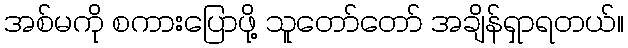
အစ်မကို စကားပြောဖို့ သူတော်တော် အချိန်ရှာရတယ်။